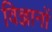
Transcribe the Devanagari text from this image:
विज्ञानों